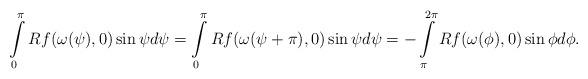
LaTeX: \begin{align*}\int\limits_0^\pi Rf(\omega(\psi),0)\sin\psi d\psi=\int\limits_0^\pi Rf(\omega(\psi+\pi),0)\sin\psi d\psi=-\int\limits_\pi^{2\pi} Rf(\omega(\phi),0)\sin\phi d\phi.\end{align*}